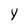
Character: y